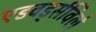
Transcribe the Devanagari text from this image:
एडवर्ड्सविले